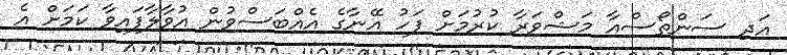
އަދި ސަންތޯސްއާ މަޝްވަރާ ކުރުމަށް ފަހު އޭނާގެ އެއްބަސްވުން އުވާލާފައިވާ ކަމަށް އެ